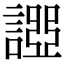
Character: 𧪧